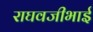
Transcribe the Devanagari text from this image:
राघवजीभाई